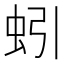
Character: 蚓